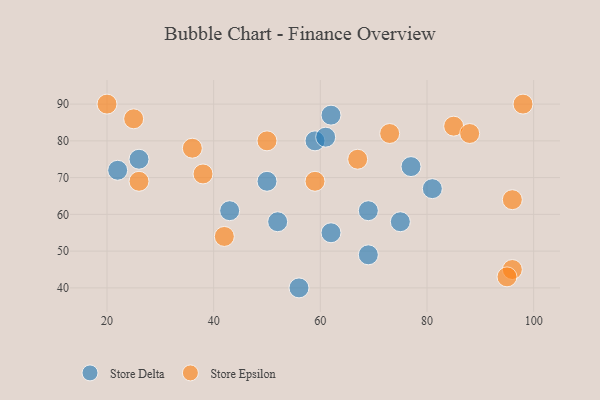
{"axis": {"x": "GDP", "y": "Life Expectancy"}, "legend": ["Store Delta", "Store Epsilon"], "data": [{"x": "75", "y": 58, "type": "Store Delta"}, {"x": "26", "y": 75, "type": "Store Delta"}, {"x": "43", "y": 61, "type": "Store Delta"}, {"x": "77", "y": 73, "type": "Store Delta"}, {"x": "56", "y": 40, "type": "Store Delta"}, {"x": "50", "y": 69, "type": "Store Delta"}, {"x": "69", "y": 61, "type": "Store Delta"}, {"x": "62", "y": 55, "type": "Store Delta"}, {"x": "59", "y": 80, "type": "Store Delta"}, {"x": "69", "y": 49, "type": "Store Delta"}, {"x": "52", "y": 58, "type": "Store Delta"}, {"x": "61", "y": 81, "type": "Store Delta"}, {"x": "81", "y": 67, "type": "Store Delta"}, {"x": "22", "y": 72, "type": "Store Delta"}, {"x": "62", "y": 87, "type": "Store Delta"}, {"x": "25", "y": 86, "type": "Store Epsilon"}, {"x": "36", "y": 78, "type": "Store Epsilon"}, {"x": "96", "y": 45, "type": "Store Epsilon"}, {"x": "26", "y": 69, "type": "Store Epsilon"}, {"x": "95", "y": 43, "type": "Store Epsilon"}, {"x": "73", "y": 82, "type": "Store Epsilon"}, {"x": "85", "y": 84, "type": "Store Epsilon"}, {"x": "20", "y": 90, "type": "Store Epsilon"}, {"x": "67", "y": 75, "type": "Store Epsilon"}, {"x": "50", "y": 80, "type": "Store Epsilon"}, {"x": "96", "y": 64, "type": "Store Epsilon"}, {"x": "88", "y": 82, "type": "Store Epsilon"}, {"x": "59", "y": 69, "type": "Store Epsilon"}, {"x": "42", "y": 54, "type": "Store Epsilon"}, {"x": "38", "y": 71, "type": "Store Epsilon"}, {"x": "98", "y": 90, "type": "Store Epsilon"}]}